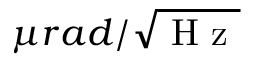
\mu r a d / \sqrt { \textrm { H z } }